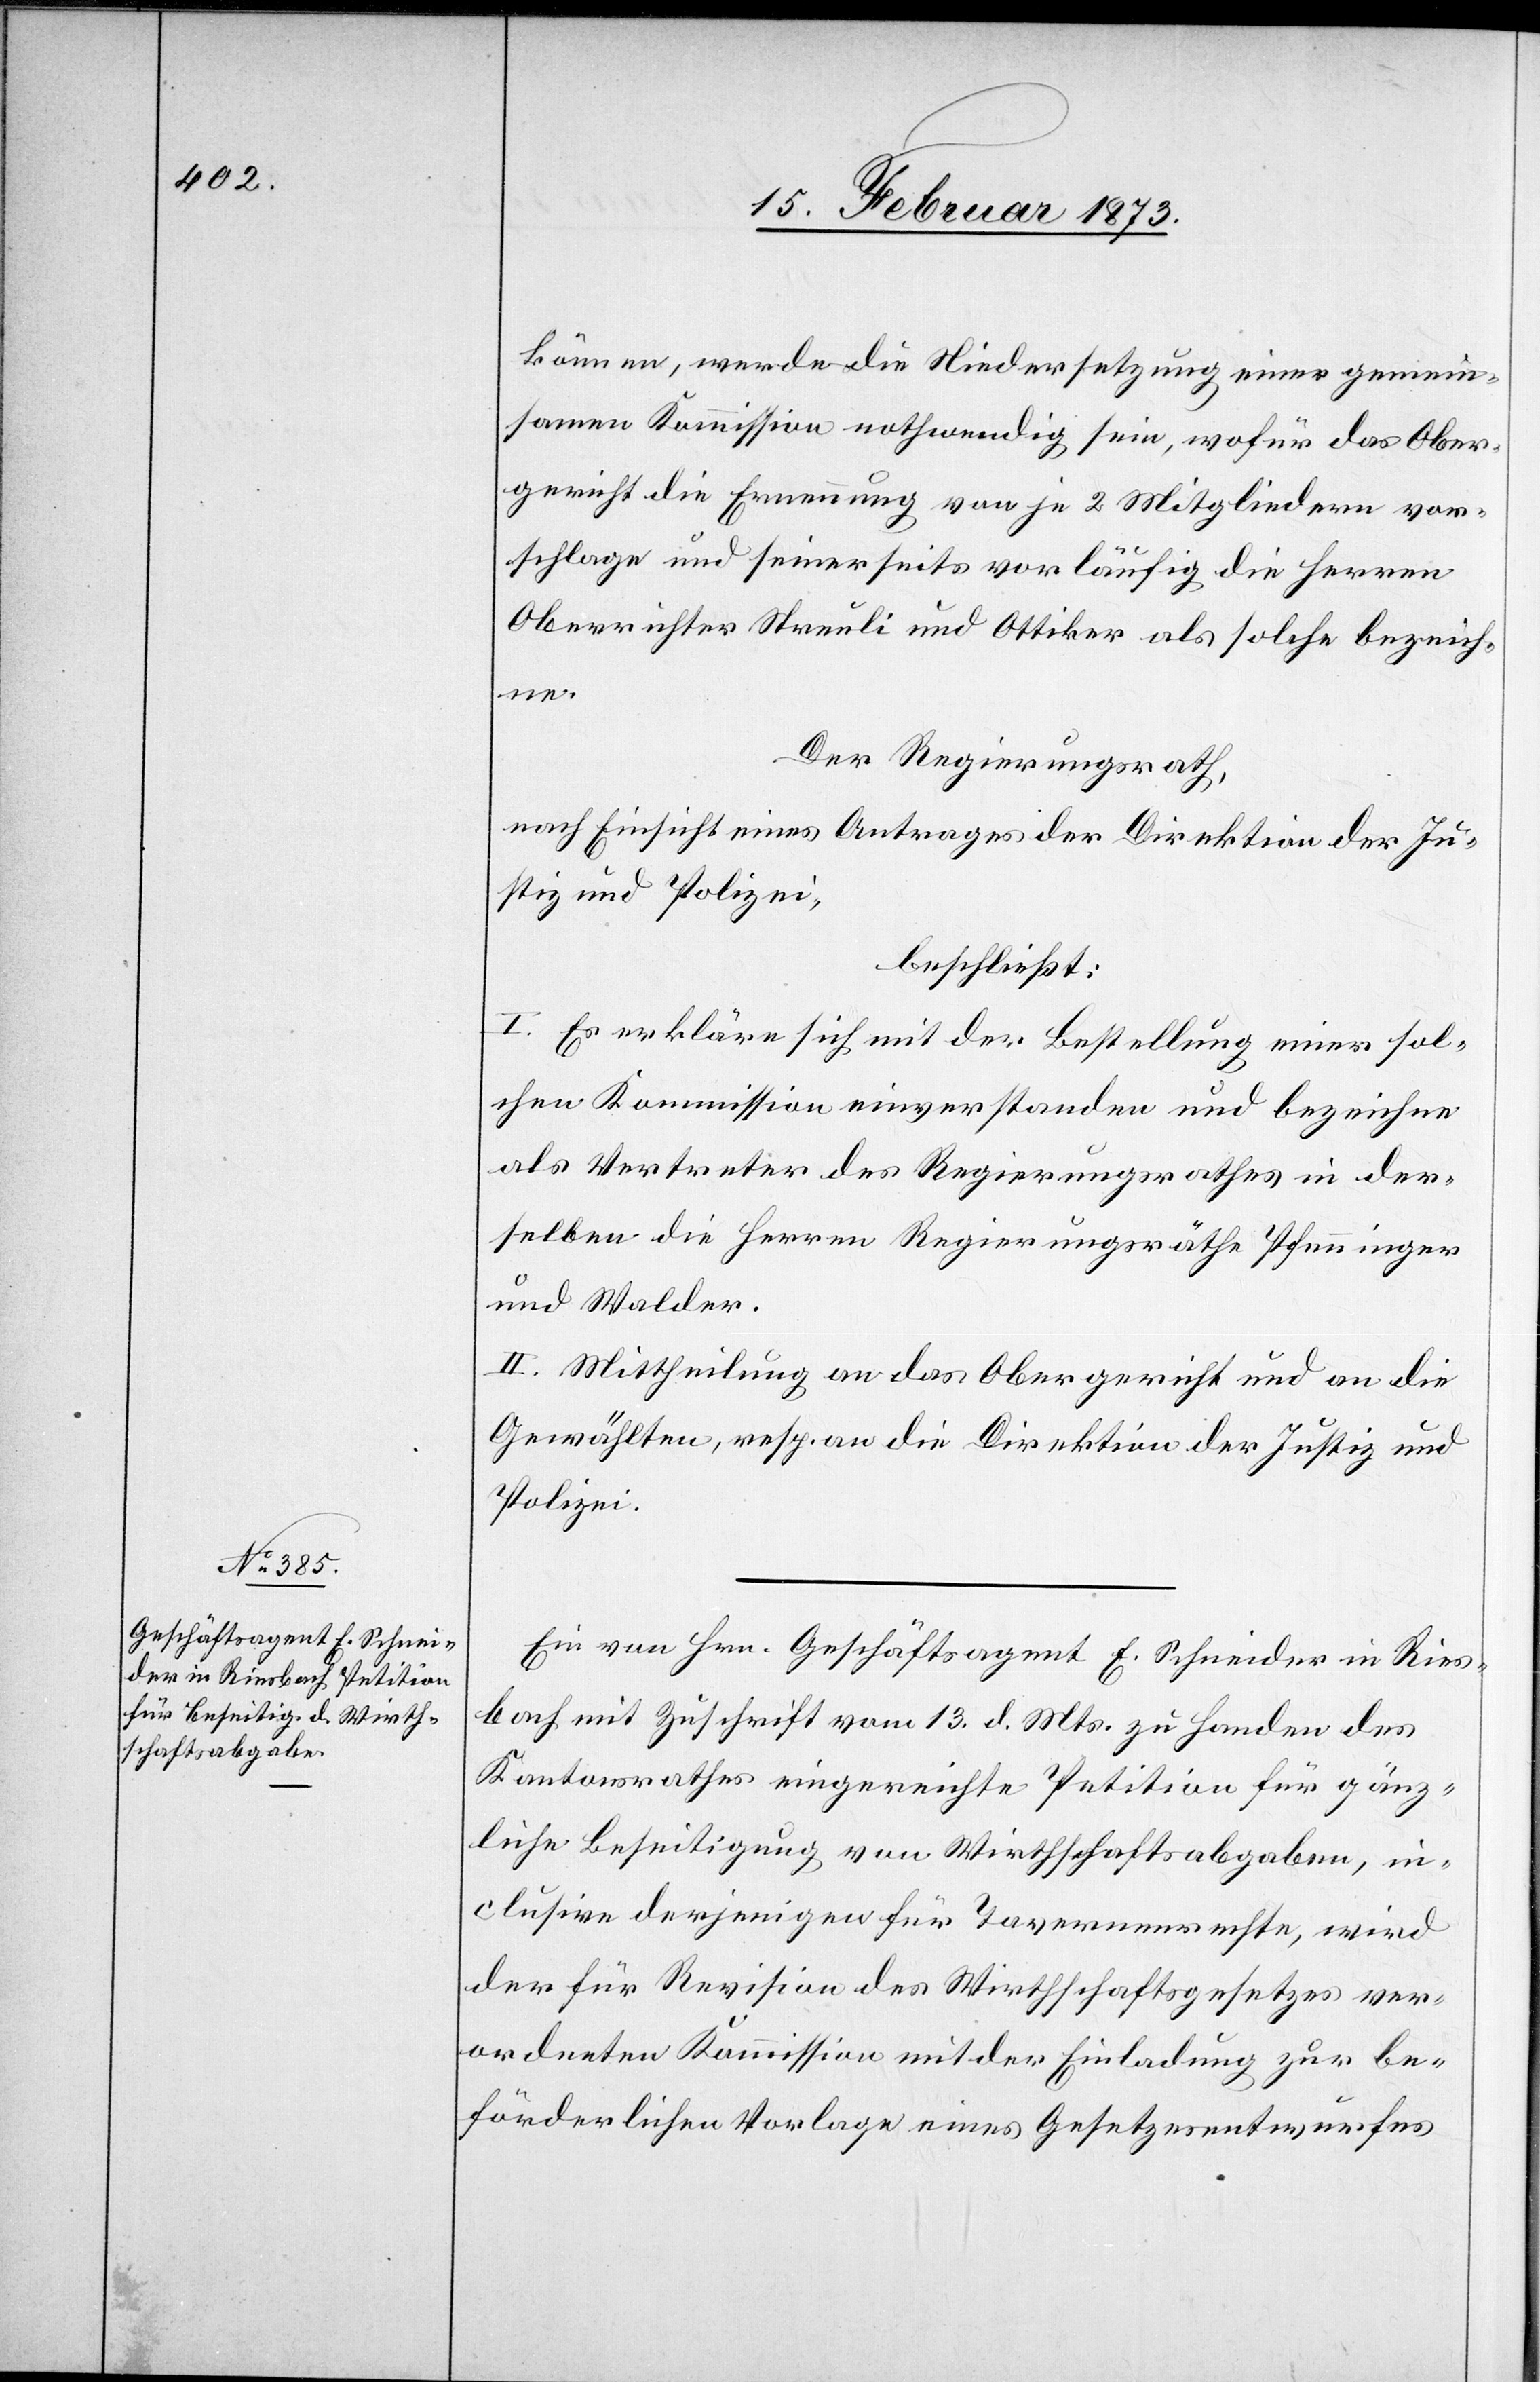
können, werde die Niedersetzung einer gemein¬
samen Kommission nothwendig sein, wofür das Ober¬
gericht die Ernennung von je 2 Mitgliedern vor¬
schlage und seinerseits vorläufig die Herren
Oberrichter Streuli und Ottiker als solche bezeich¬
ne.
Der Regierungsrath,
nach Einsicht eines Antrages der Direktion der Ju¬
stiz und Polizei,
beschließt:
I. Es erkläre sich mit der Bestellung einer sol¬
chen Kommission einverstanden und bezeichne
als Vertreter des Regierungsrathes in der¬
selben die Herren Regierungsräthe Pfenninger
und Walder.
II. Mittheilung an das Obergericht und an die
Gewählten, resp. an die Direktion der Justiz und
Polizei.
Ein von Hrn. Geschäftsagent E. Schneider in Ries¬
bach mit Zuschrift vom 13. d. Mts. zu Handen des
Kantonsrathes eingereichte Petition für gänz¬
liche Beseitigung von Wirthschaftsabgaben, in¬
clusive derjenigen für Tavernenrechte, wird
der für Revision des Wirthschaftsgesetzes ver¬
ordneten Kommission mit der Einladung zur be¬
förderlichen Vorlage eines Gesetzesentwurfes